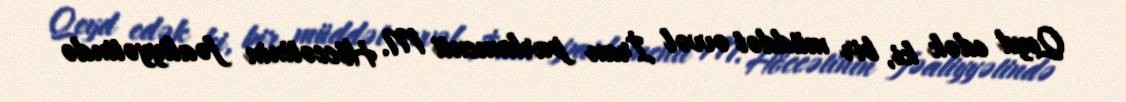
Qeyd edək ki, bir müddət əvvəl İran parlamenti M. Höccətinin fəaliyyətində